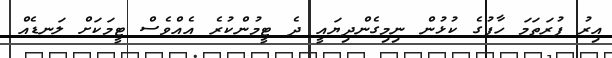
އިރު ފުރަތަމަ ހާފުގެ ކުޅުން ނިމިގެންދިޔައީ ދެ ޓީމުންކުރެ އެއްވެސް ޓީމަކަށް ލަނޑެއް